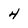
Character: 4